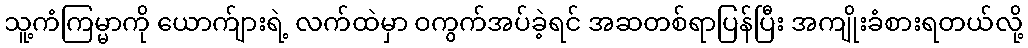
သူ့ကံကြမ္မာကို ယောက်ျားရဲ့ လက်ထဲမှာ ဝကွက်အပ်ခဲ့ရင် အဆတစ်ရာပြန်ပြီး အကျိုးခံစားရတယ်လို့